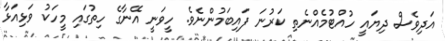
އަދިވެސް ދިޔައީ ހުއްޓުމެއްނެތި ކަރުނަ ފައިބަމުންނެވެ. ހީވަނީ އޭނާގެ ހިތުގައި މީހަކު ވަޅިއަޅާ